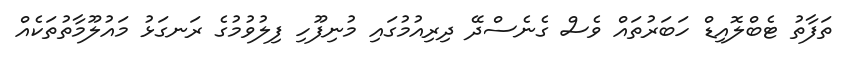
ތަފާތު ޓެބްލޮއިޑް ހަބަރުތައް ވެސް ގެނެސްދޭ ދިރިއުމުގައި މުނިފޫހި ފިލުވުމުގެ ރަނގަޅު މައުލޫމާތުތަކެއް